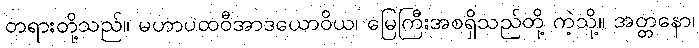
တရားတို့သည်။ မဟာပထဝီအာဒယောဝိယ၊ မြေကြီးအစရှိသည်တို့ ကဲ့သို့။ အတ္တနော၊